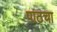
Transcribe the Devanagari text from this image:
पाठचा